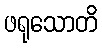
ဖရုသောတိ